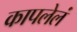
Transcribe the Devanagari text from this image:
कापलेलं